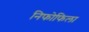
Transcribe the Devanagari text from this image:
निफोफिला